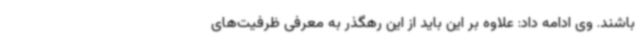
باشند. وی ادامه داد: علاوه بر این باید از این رهگذر به معرفی ظرفیت‌های